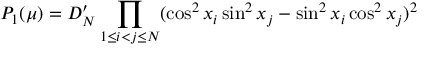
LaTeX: P _ { 1 } ( \mu ) = D _ { N } ^ { \prime } \prod _ { 1 \le i < j \le N } ( \cos ^ { 2 } x _ { i } \sin ^ { 2 } x _ { j } - \sin ^ { 2 } x _ { i } \cos ^ { 2 } x _ { j } ) ^ { 2 }